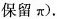
保留π).